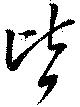
皆